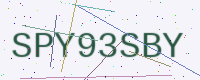
Text: SPY93SBY